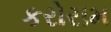
કરોરામ